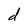
Character: d